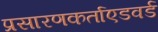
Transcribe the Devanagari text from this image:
प्रसारणकर्ताएडवर्ड